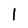
Character: l